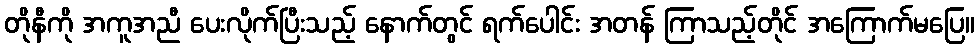
တိုနီကို အကူအညီ ပေးလိုက်ပြီးသည့် နောက်တွင် ရက်ပေါင်း အတန် ကြာသည့်တိုင် အကြောက်မပြေ။